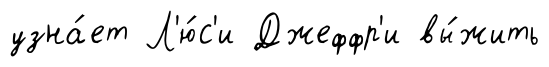
узна́ет Л'ю́с'и Джеффр'и вы́жить